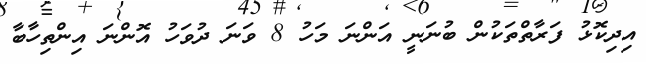
އިދިކޮޅު ފަރާތްތަކުން ބުނަނީ އަންނަ މަހު 8 ވަނަ ދުވަހު އޮންނަ އިންތިހާބާ